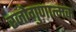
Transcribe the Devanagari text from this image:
रजोगुणात्मक